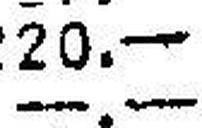
—.—